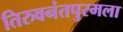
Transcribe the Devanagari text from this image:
तिरुवनंतपुरमला